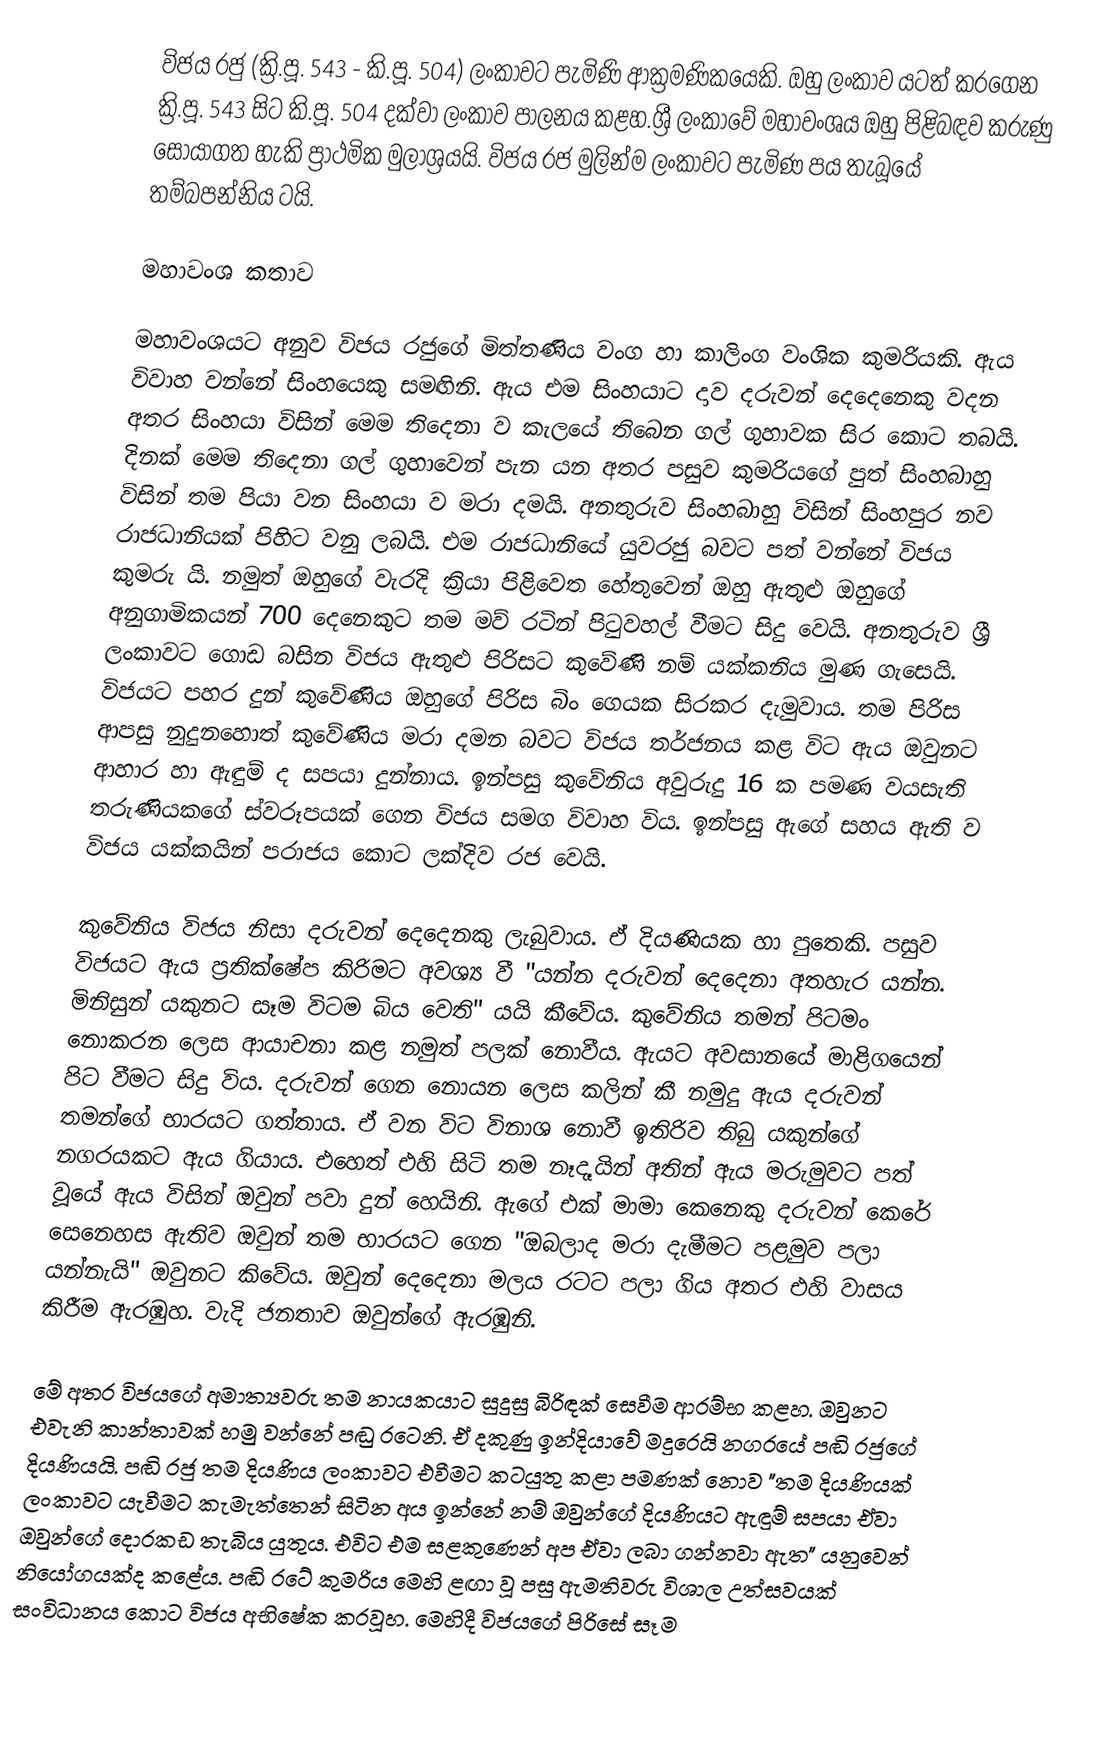
විජය රජු (ක්‍රි.පූ. 543 - කි.පූ. 504) ලංකාවට පැමිණි ආක්‍රමණිකයෙකි. ඔහු ලංකාව යටත් කරගෙන ක්‍රි.පූ. 543 සිට කි.පූ. 504 දක්වා ලංකාව පාලනය කළහ.ශ්‍රී ලංකාවේ මහාවංශය ඔහු පිළිබඳව කරුණු සොයාගත හැකි ප්‍රාථමික මුලාශ්‍රයයි. විජය රජ මුලින්ම ලංකාවට පැමිණ පය තැබූයේ තම්බපන්නිය ටයි.

මහාවංශ කතාව

මහාවංශයට අනුව විජය රජුගේ මිත්තණිය වංග හා කාලිංග වංශික කුමරියකි. ඇය විවාහ වන්නේ සිංහයෙකු සමඟිනි. ඇය එම සිංහයාට දාව දරුවන් දෙදෙනෙකු වදන අතර සිංහයා විසින් මෙම තිදෙනා ව කැලයේ තිබෙන ගල් ගුහාවක සිර කොට තබයි. දිනක් මෙම තිදෙනා ගල් ගුහාවෙන් පැන යන අතර පසුව කුමරියගේ පුත් සිංහබාහු විසින් තම පියා වන සිංහයා ව මරා දමයි. අනතුරුව සිංහබාහු විසින් සිංහපුර නව රාජධානියක් පිහිට වනු ලබයි. එම රාජධානියේ යුවරජු බවට පත් වන්නේ විජය කුමරු යි. නමුත් ඔහුගේ වැරදි ක්‍රියා පිළිවෙත හේතුවෙන් ඔහු ඇතුළු ඔහුගේ අනුගාමිකයන් 700 දෙනෙකුට තම මව් රටින් පිටුවහල් වීමට සිදු වෙයි. අනතුරුව ශ්‍රී ලංකාවට ගොඩ බසින විජය ඇතුළු පිරිසට කුවේණි නම් යක්කනිය මුණ ගැසෙයි. විජයට පහර දුන් කුවේණිය ඔහුගේ පිරිස බිං ගෙයක සිරකර දැමුවාය. තම පිරිස ආපසු නුදුනහොත් කුවේණිය මරා දමන බවට විජය තර්ජනය කළ විට ඇය ඔවුනට ආහාර හා ඇඳුම් ද සපයා දුන්නාය. ඉන්පසු කුවේනිය අවුරුදු 16 ක පමණ වයසැති තරුණියකගේ ස්වරූපයක් ගෙන විජය සමග විවාහ විය. ඉන්පසු ඇගේ සහය ඇති ව විජය යක්කයින් පරාජය කොට ලක්දිව රජ වෙයි.

කුවේනිය විජය නිසා දරුවන් දෙදෙනකු ලැබුවාය. ඒ දියණියක හා පුතෙකි. පසුව විජයට ඇය ප්‍රතික්ෂේප කිරිමට අවශ්‍ය වී "යන්න දරුවන් දෙදෙනා අතහැර යන්න. මිනිසුන් යකුනට සෑම විටම බිය වෙති" යයි කීවේය. කුවේනිය තමන් පිටමං නොකරන ලෙස ආයාචනා කළ නමුත් පලක් නොවීය. ඇයට අවසානයේ මාළිගයෙන් පිට වීමට සිදු විය. දරුවන් ගෙන නොයන ලෙස කලින් කී නමුදු ඇය දරුවන් තමන්ගේ භාරයට ගත්තාය. ඒ වන විට විනාශ නොවී ඉතිරිව තිබු යකුන්ගේ නගරයකට ඇය ගියාය. එහෙත් එහි සිටි තම නෑදෑයින් අතින් ඇය මරුමුවට පත් වූයේ ඇය විසින් ඔවුන් පවා දුන් හෙයිනි. ඇගේ  එක් මාමා කෙනෙකු දරුවන් කෙරේ සෙනෙහස ඇතිව ඔවුන් තම භාරයට ගෙන "ඔබලාද මරා දැමීමට පළමුව පලා යන්නැයි" ඔවුනට කිවේය. ඔවුන් දෙදෙනා මලය රටට පලා ගිය අතර එහි වාසය කිරීම ඇරඹුහ. වැදි ජනතාව ඔවුන්ගේ ඇරඹු‍නි.

මේ අතර විජයගේ අමාත්‍යවරු තම නායකයාට සුදුසු බිරිඳක් සෙවීම ආරම්භ කළහ. ඔවුනට එවැනි කාන්තාවක් හමු වන්නේ පඬු රටෙනි. ඒ දකුණු ඉන්දියාවේ මදුරෙයි නගරයේ පඬි රජුගේ දියණියයි. පඬි රජු තම දියණිය ලංකාවට එවීමට කටයුතු කළා පමණක් නොව "තම දියණියක් ලංකාවට යැවීමට කැමැත්තෙන් සිටින අය ඉන්නේ නම් ඔවුන්ගේ දියණියට ඇඳුම් සපයා ඒවා ඔවුන්ගේ දොරකඩ තැබිය යුතුය. එවිට එම සළකුණෙන් අප ඒවා ලබා ගන්නවා ඇත" යනුවෙන්  නියෝගයක්ද කළේය. පඬි රටේ කුමරිය මෙහි ළඟා වූ පසු ඇමතිවරු විශාල උත්සවයක් සංවිධානය කොට විජය අභිෂේක කරවූහ. මෙහිදී විජයගේ පිරිසේ සෑම